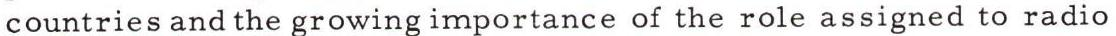
countries and the growing importance of the role assigned to radio